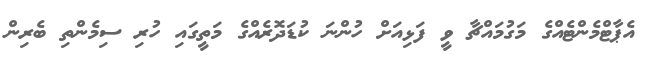
އެޕާޓްމެންޓެއްގެ މަގުމައްޗާ ވީ ފަޅިއަށް ހުންނަ ކުޑަދޮރެއްގެ މަތީގައި ހުރި ސިމެންތި ބެރިން